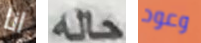
انا حله وعود